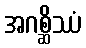
အဂစ္ဆိဿံ